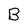
Character: B